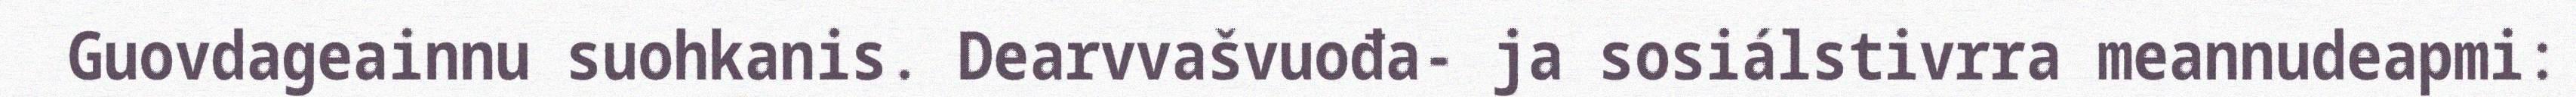
Guovdageainnu suohkanis. Dearvvašvuođa- ja sosiálstivrra meannudeapmi: